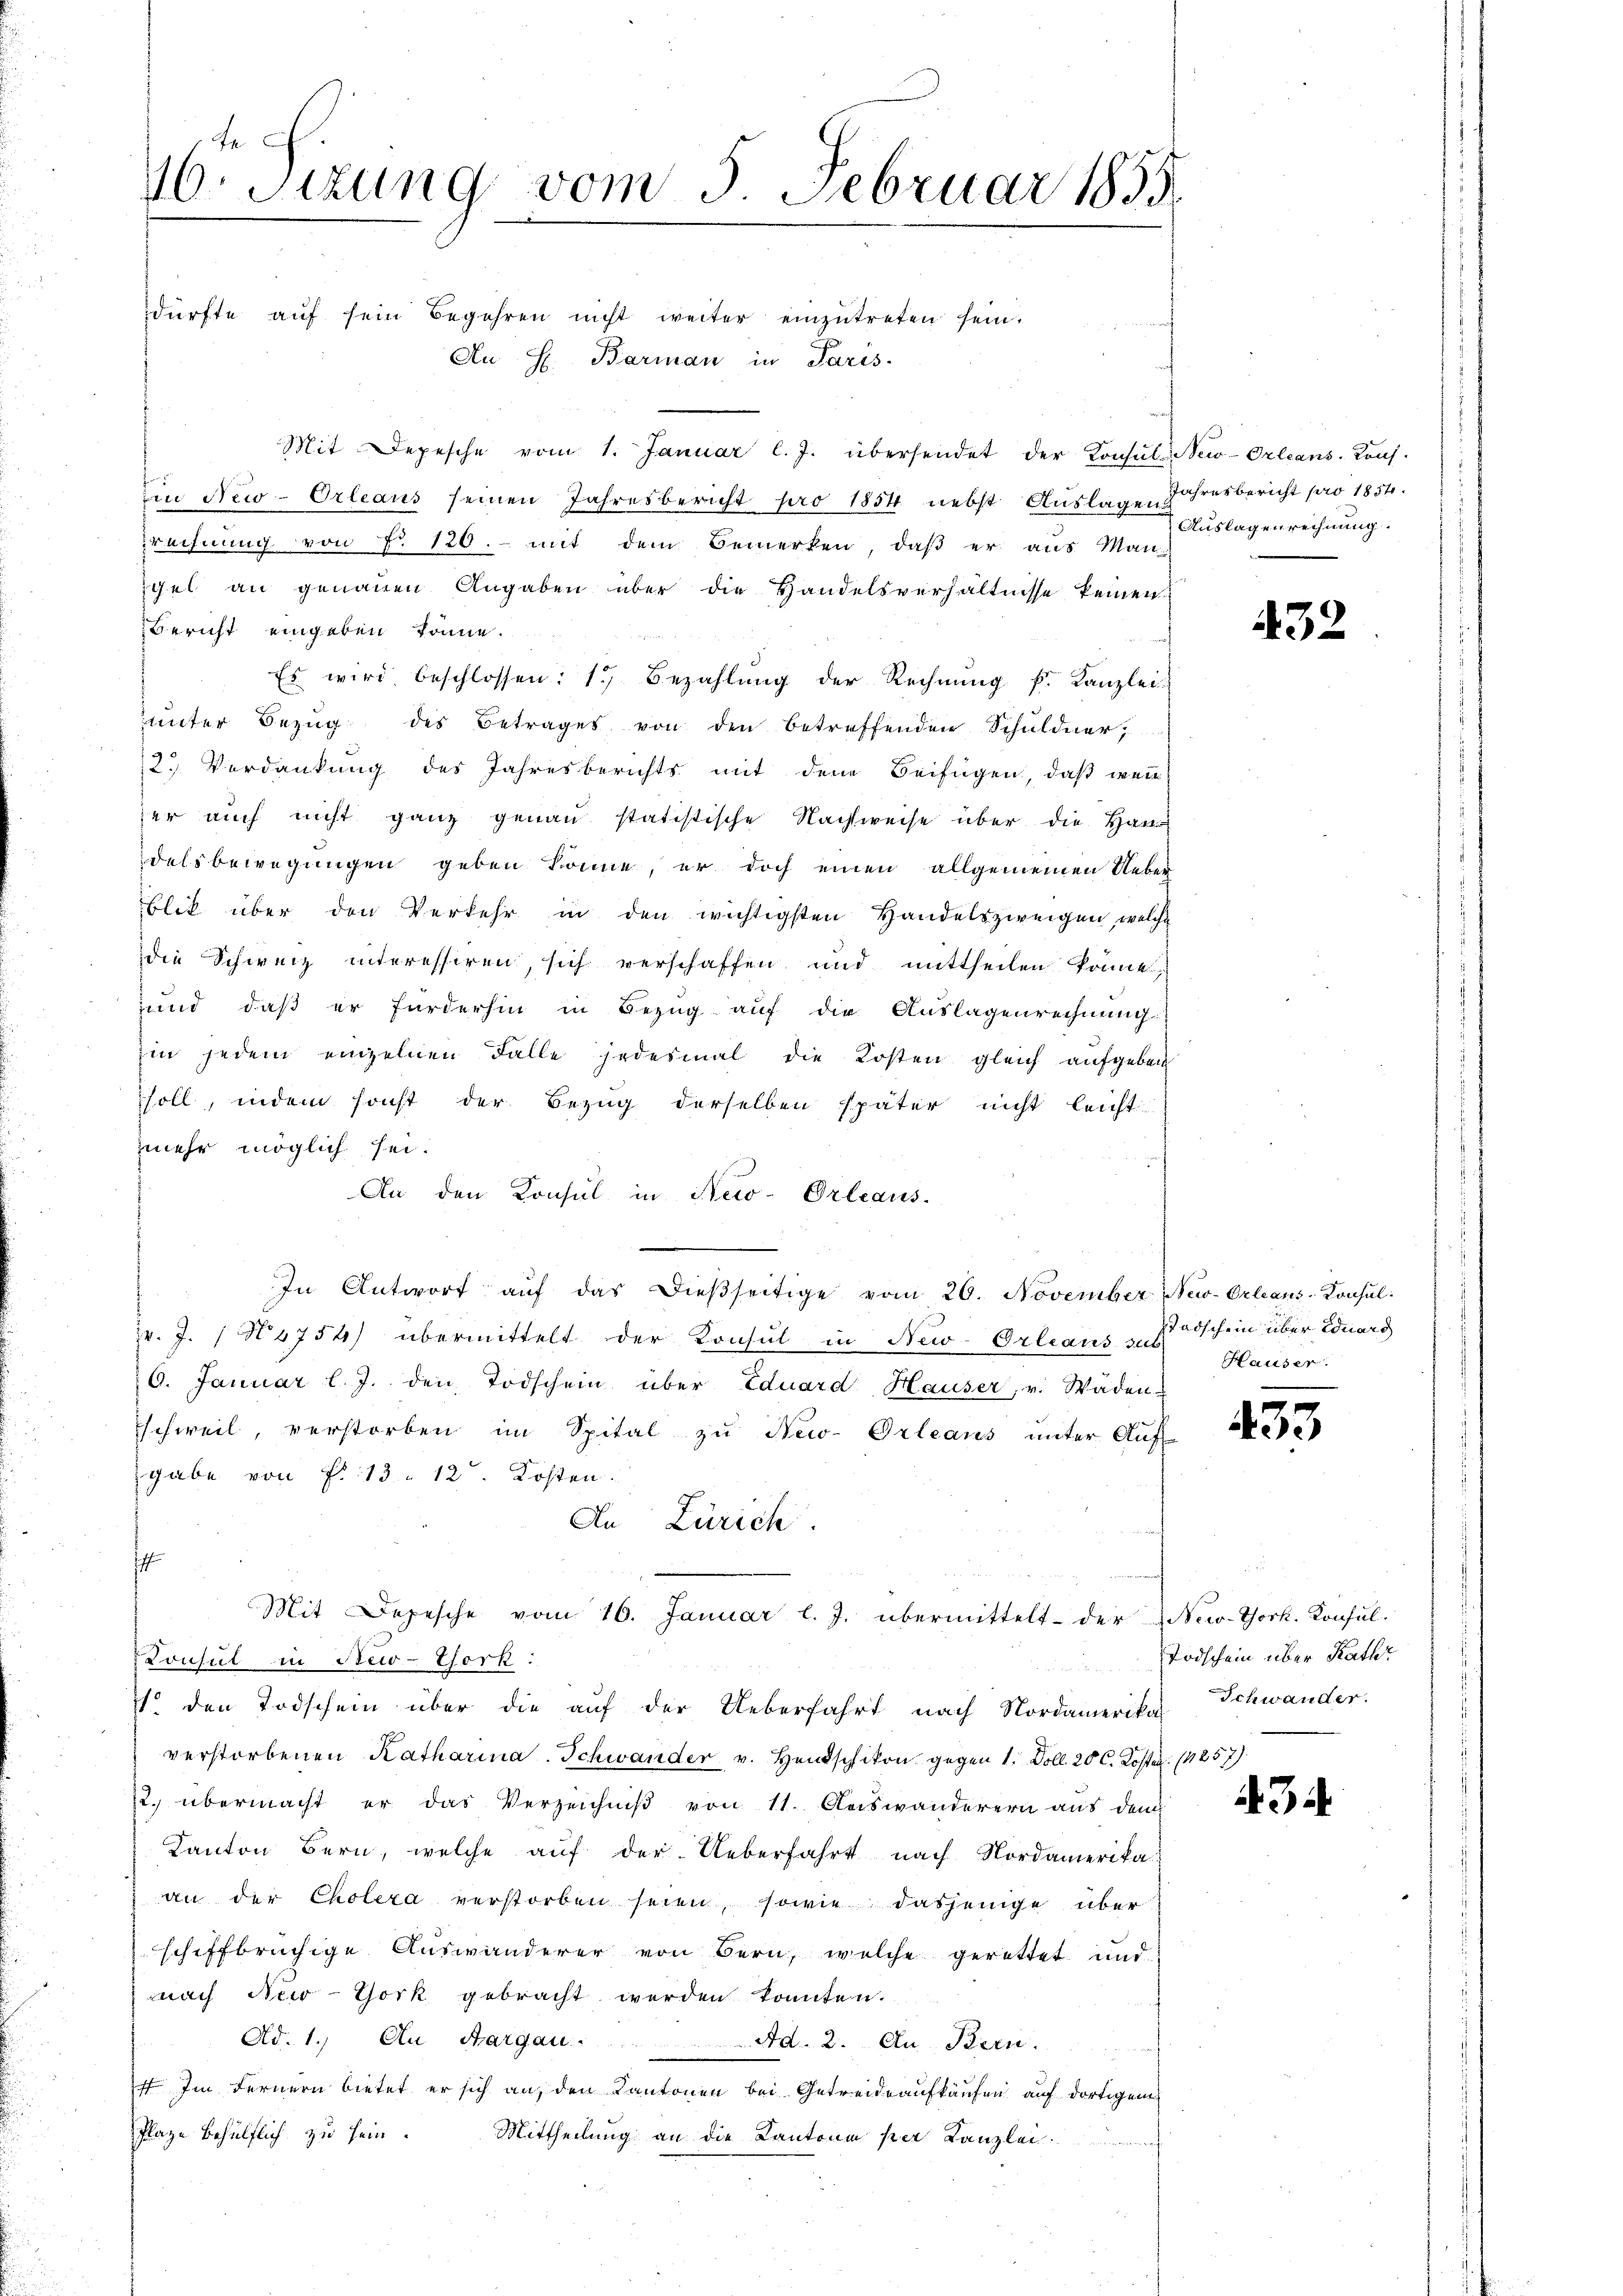
16. Sizung vom 5. Februar 1855.
dürfte aŭf sein Begehren nicht weiter einzŭtreten sein.
Au H. Barman in Paris.

Mit Depesche vom 1. Januar l. J. übersendet der Consuls New-Orleans. Kons.
n New-Orleaus seinen Jahresbericht pro 1854 nebst Auslagen Jahresbericht pro 1854.
rechnŭng von P. 120.- mit dem Bemerken, daβ er aus Man
igel an genauen Angaben über die Handelsverhältnisse keinen
Bericht eingeben könne.
Es wird beschlossen: 1) Bezahlŭng der Rechnŭng f. Kanzlei-
ŭnter Bezŭg des Betrages von den betreffenden Schŭldner,
2.) Verdankung des Jahresberichts mit den Beifügen, daß wenn
er auch nicht ganz genau statistische Nachweise über die Han
delsbewegungen geben könne, er doch einen allgemeinen Ueber
blik über den Verkehr in den wichtigsten Handelszweigen, welche
die Schweiz interessiren, sich verschaffen und mittheilen könne,
und daß er fürderhin in Bezug auf die Auslagenrechnung
zin jedem einzelnen Falle jedesmal die Kosten gleich aufgeben
soll, indem sonst der Bezug derselben später nicht leicht
mehr möglich sei.
An den Konsul in New-Orleaus-
In Antwort aŭf das dießseitige vom 26. November New-Orleans Konsulv. J. 1 N 5754) übermittelt der Konsul in New-Orleaus sub
6. Januar l. J. den Todschein über Eduard Hauser, v. Wäden-
schweil, verstorben im Spital zu New-Orleans unter Auf-
gabe von P. 13. 12. Kosten.
An Zürich.
s
Mit Depesche vom 16. Januar l. J. übermittelt der New-York. Konsul-
Lonsul in New-York:
a . .
1 den Todschein über die auf der Ueberfahrt nach Nordamerika Schwander.
verstorbenen Katharina. Schwander v. Handschikon gegen 1. Doll. 20 C. Kosten. (1257).
2. übermacht er das Verzeichniß von 11. Auswanderern aus dem
Kanton Bern, welche auf der Ueberfahrt nach Nordamerika
an der Cholera verstorben seien, sowie dasjenige überschiffbrüchige Auswanderer von Bern, welche gerettet und
nach New-York gebracht werden konnten.
Ad. 1.) An Aargau. Ad. 2. Au Bern.
st. Im Fernern bietet er sich an den Kantonen bei Getreide aufkäufen auf dortigem
Plaze behülflich zu sein. Mittheilung an die Kantone per Kanzlei.

Auslagenrechnung:

432

stadschein über Eduard
Hauser.

433

Todschein über Kathr

434